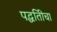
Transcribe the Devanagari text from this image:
पद्धतिीचा